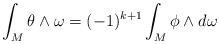
LaTeX: \begin{align*}\int_{M}\theta\wedge\omega=(-1)^{k+1}\int_{M}\phi\wedge d\omega\end{align*}